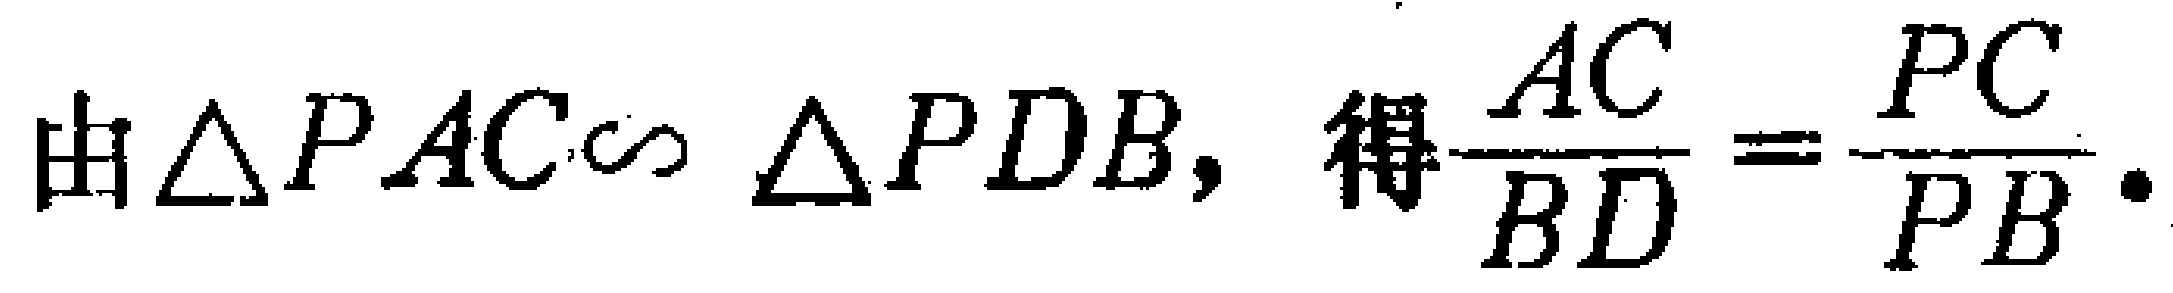
由$\triangle PAC\sim \triangle PDB,$ 得$\dfrac{AC}{BD}=\dfrac{PC}{PB}.$